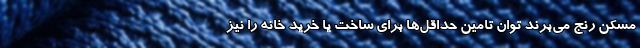
مسکن رنج می‌برند توان تامین حداقل‌ها برای ساخت یا خرید خانه را نیز